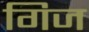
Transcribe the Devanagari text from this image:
गिज